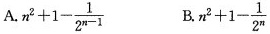
A. $$n^{2}+1- \frac{1}{2^{n-1}}$$ B.$$n^{2}+1- \frac{1}{2^{n}}$$